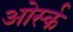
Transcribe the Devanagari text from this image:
ओर्स्क